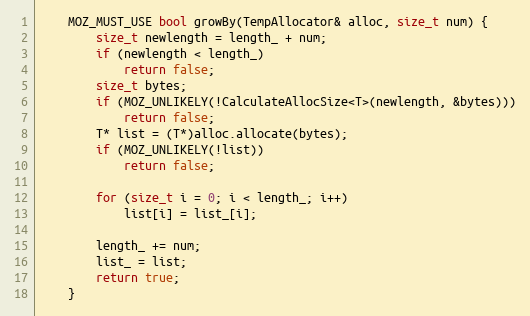
Language: C
    MOZ_MUST_USE bool growBy(TempAllocator& alloc, size_t num) {
        size_t newlength = length_ + num;
        if (newlength < length_)
            return false;
        size_t bytes;
        if (MOZ_UNLIKELY(!CalculateAllocSize<T>(newlength, &bytes)))
            return false;
        T* list = (T*)alloc.allocate(bytes);
        if (MOZ_UNLIKELY(!list))
            return false;

        for (size_t i = 0; i < length_; i++)
            list[i] = list_[i];

        length_ += num;
        list_ = list;
        return true;
    }